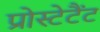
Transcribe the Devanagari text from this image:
प्रोस्टेटैंट